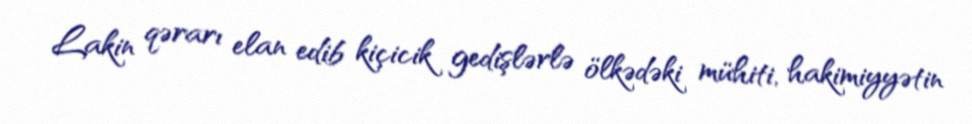
Lakin qərarı elan edib kiçicik gedişlərlə ölkədəki mühiti, hakimiyyətin